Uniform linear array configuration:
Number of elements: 48
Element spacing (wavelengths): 0.25
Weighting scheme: uniform
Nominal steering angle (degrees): -30
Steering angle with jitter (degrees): -28.846
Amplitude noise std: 0.05
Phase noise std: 0.05

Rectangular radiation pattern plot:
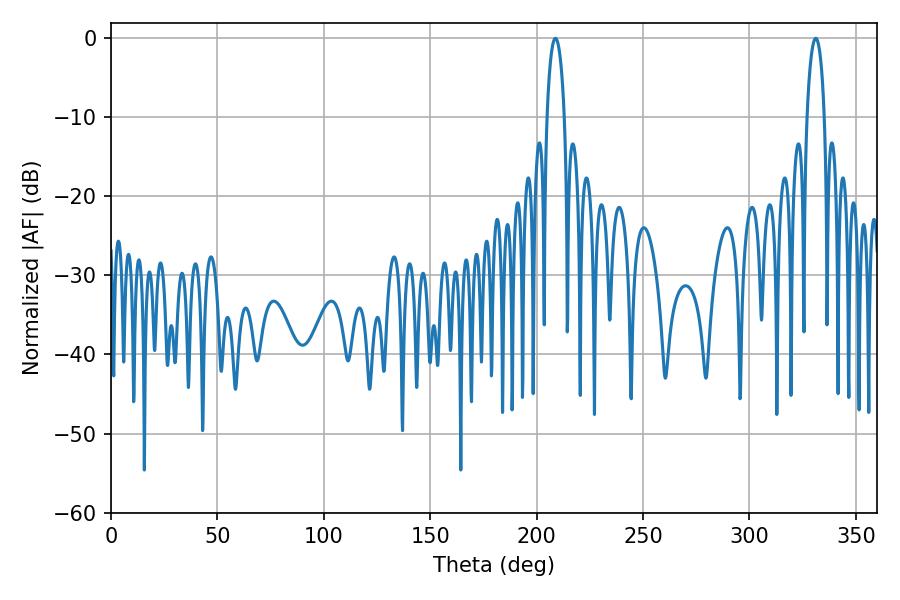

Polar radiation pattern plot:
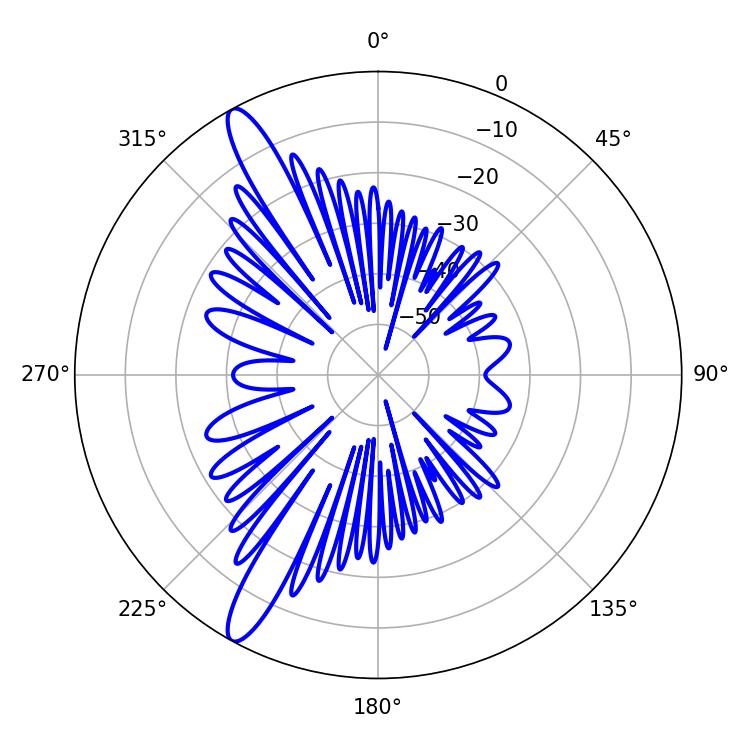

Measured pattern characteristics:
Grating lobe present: FALSE
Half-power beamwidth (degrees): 4.68
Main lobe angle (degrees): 208.8